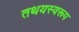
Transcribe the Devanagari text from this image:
तथयस्वरूप